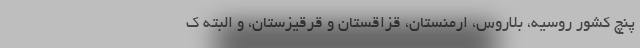
پنچ کشور روسیه، بلاروس، ارمنستان، قزاقستان و قرقیزستان، و البته ک